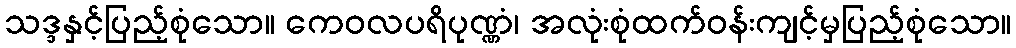
သဒ္ဒနှင့်ပြည့်စုံသော။ ကေဝလပရိပုဏ္ဏံ၊ အလုံးစုံထက်ဝန်းကျင့်မှပြည့်စုံသော။